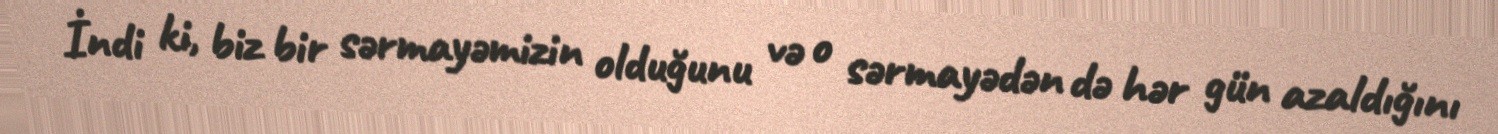
İndi ki, biz bir sərmayəmizin olduğunu və o sərmayədən də hər gün azaldığını